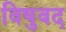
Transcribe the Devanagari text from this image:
विषुवद